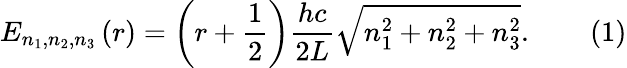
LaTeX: E_{n_{1},n_{2},n_{3}}\left(r\right)=\left(r+{\frac{1}{2}}\right){\frac{hc}{2L}}{\sqrt{n_{1}^{2}+n_{2}^{2}+n_{3}^{2}}}.\qquad{\mathrm{(1)}}